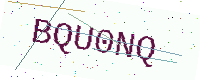
Text: BQU0NQ